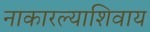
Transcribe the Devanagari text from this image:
नाकारल्याशिवाय